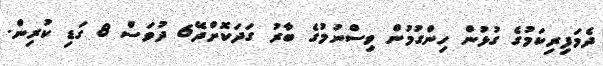
ދެމަފިރިކަމުގެ ގުޅުން ހިންގުމުން ވިސްނުމުގެ ބާރު ގަދަކޮށްދޭ6 ދުވަސް 8 ގަޑި ކުރިން.